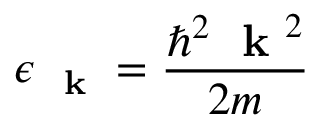
\epsilon _ { \mathrm { ~ \bf ~ k ~ } } = \frac { \hbar ^ { 2 } \mathrm { ~ \bf ~ k ~ } ^ { 2 } } { 2 m }